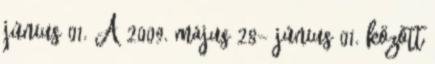
június 01. A 2009. május 28- június 01. között